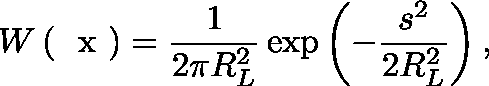
W \left( \mathrm { ~ \boldmath ~ x ~ } \right) = \frac { 1 } { 2 \pi R _ { L } ^ { 2 } } \exp \left( - \frac { s ^ { 2 } } { 2 R _ { L } ^ { 2 } } \right) ,